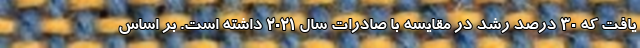
یافت که ۳۰ درصد رشد در مقایسه با صادرات سال ۲۰۲۱ داشته است. بر اساس